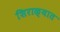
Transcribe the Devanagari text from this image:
शिराळ्यात